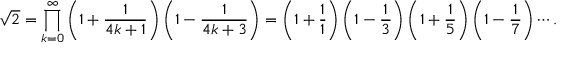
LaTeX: { \sqrt { 2 } } = \prod _ { k = 0 } ^ { \infty } \left( 1 + { \frac { 1 } { 4 k + 1 } } \right) \left( 1 - { \frac { 1 } { 4 k + 3 } } \right) = \left( 1 + { \frac { 1 } { 1 } } \right) \left( 1 - { \frac { 1 } { 3 } } \right) \left( 1 + { \frac { 1 } { 5 } } \right) \left( 1 - { \frac { 1 } { 7 } } \right) \cdots .